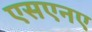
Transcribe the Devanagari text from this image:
एसएनए